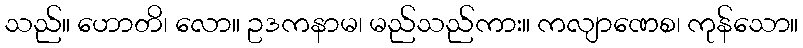
သည်။ ဟောတိ၊ လော။ ဥဒကနာမ၊ မည်သည်ကား။ ကလျာဏေစ၊ ကုန်သော။